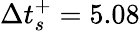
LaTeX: \Delta t_{s}^{+}=5.08